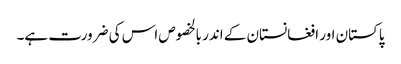
پاکستان اور افغانستان کے اندر بالخصوص اس کی ضرورت ہے۔